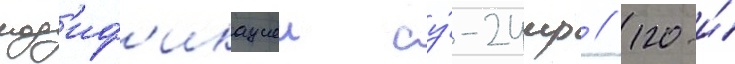
мод'иф'икациеи су́-24мр // 120-и́